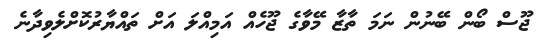
ޖޫސް ބޯން ބޭނުން ނަމަ ތާޒާ މޭވާގެ ޖޫހެއް އަމިއްލަ އަށް ތައްޔާރުކޮށްލެވިދާނެ